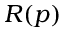
R ( p )